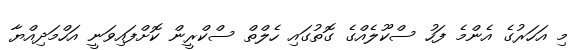
މި އަހަރުގެ އެންމެ ފަހު ސްކޫލެއްގެ ގޮތުގައި ހެލްތް ސްކްރީން ކޮށްފައިވަނީ އަހްމަދިއްޔާ